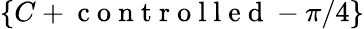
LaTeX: \{ C+\mathrm{~c~o~n~t~r~o~l~l~e~d~}-\pi/4\}